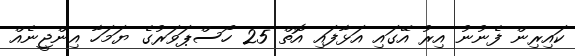
ކައިރިން ފެނުނު އިރު އޭގައި އަޅާފައި އޮތް 25 ހޯސްޕަވަރުގެ ޔަމަހާ އިންޖީނެއް